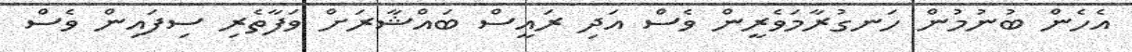
އެހެން ބުނުމުން ހަނގުރާމަވެރީން ވެސް އަދި ރައީސް ބައްޝާރަށް ވަފާތެރި ސިފައިން ވެސް